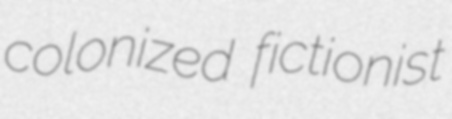
colonized fictionist